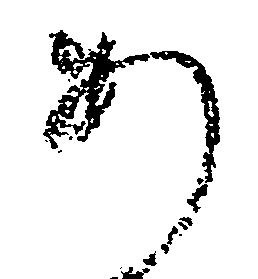
あ